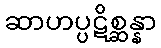
ဆာဟပ္ပဋိစ္ဆန္နာ